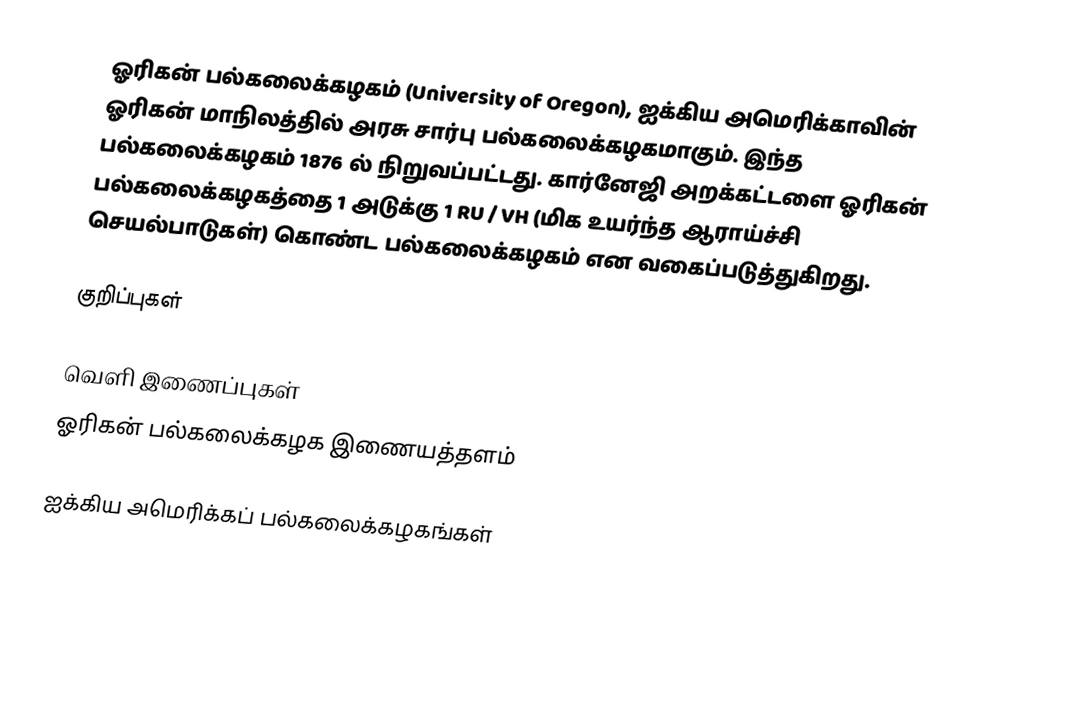
ஓரிகன் பல்கலைக்கழகம் (University of Oregon), ஐக்கிய அமெரிக்காவின் ஓரிகன் மாநிலத்தில் அரசு சார்பு பல்கலைக்கழகமாகும். இந்த பல்கலைக்கழகம் 1876 ல் நிறுவப்பட்டது. கார்னேஜி அறக்கட்டளை ஓரிகன் பல்கலைக்கழகத்தை 1 அடுக்கு 1 RU / VH (மிக உயர்ந்த ஆராய்ச்சி செயல்பாடுகள்) கொண்ட பல்கலைக்கழகம் என வகைப்படுத்துகிறது.

குறிப்புகள்

வெளி இணைப்புகள்
 ஓரிகன் பல்கலைக்கழக இணையத்தளம்

ஐக்கிய அமெரிக்கப் பல்கலைக்கழகங்கள்